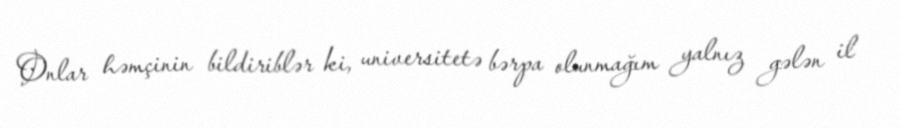
Onlar həmçinin bildiriblər ki, universitetə bərpa olunmağım yalnız gələn il